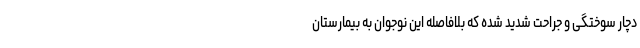
دچار سوختگی و جراحت شدید شده‌ که بلافاصله این نوجوان به بیمارستان